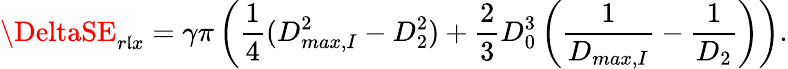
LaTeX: \DeltaSE_{r\mathfrak{l}x}=\gamma\pi\left(\frac{1}{4}(D_{max,I}^{2}-D_{2}^{2})+\frac{2}{3}D_{0}^{3}\left(\frac{{1}}{{D_{max,I}}}-\frac{{1}}{{D_{2}}}\right)\right).